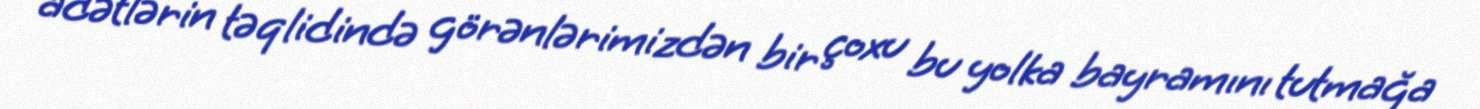
adətlərin təqlidində görənlərimizdən bir çoxu bu yolka bayramını tutmağa